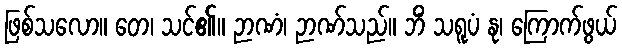
ဖြစ်သလော။ တေ၊ သင်၏။ ဉာဏံ၊ ဉာဏ်သည်။ ဘိံ သရူပံ နု၊ ကြောက်ဖွယ်